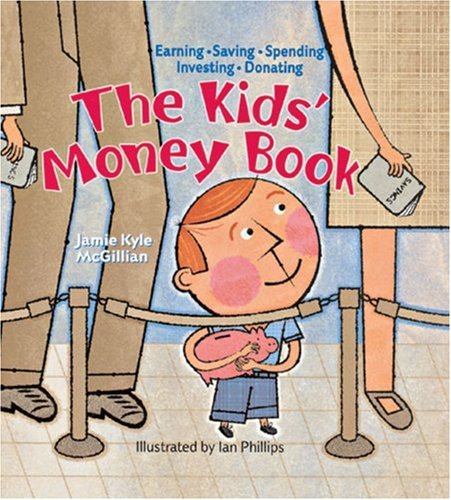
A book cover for The Kids' Money Book: Earning * Saving * Spending * Investing * Donating; Jamie Kyle McGillian; Children's Books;